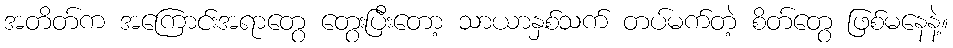
အတိတ်က အကြောင်းအရာတွေ တွေးပြီးတော့ သာယာနှစ်သက် တပ်မက်တဲ့ စိတ်တွေ ဖြစ်မနေနဲ့။